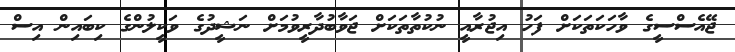
ޖޭއެސްސީގެ ވާހަކަތަކަށް ފަހު އިޖުރާއީ ނުކުތާތަކަށް ޖަވާބުދާރީވުމަށް ނަޝީދުގެ ވަކީލުންގެ ކިބައިން އިސް